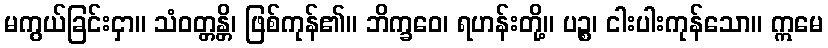
မကွယ်ခြင်းငှာ။ သံဝတ္တန္တိ၊ ဖြစ်ကုန်၏။ ဘိက္ခဝေ၊ ရဟန်းတို့။ ပဉ္စ၊ ငါးပါးကုန်သော။ ဣမေ